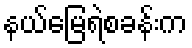
နယ်မြေရဲစခန်းက